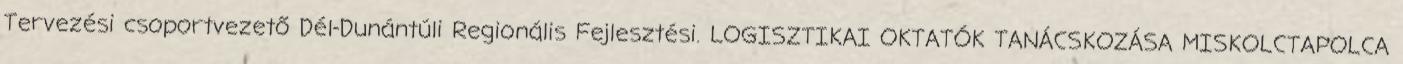
Tervezési csoportvezető Dél-Dunántúli Regionális Fejlesztési. LOGISZTIKAI OKTATÓK TANÁCSKOZÁSA MISKOLCTAPOLCA